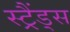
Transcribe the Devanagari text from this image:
स्ट्रैंड्स